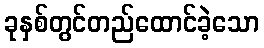
ခုနှစ်တွင်တည်ထောင်ခဲ့သော